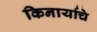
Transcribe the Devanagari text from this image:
किनार्याचे